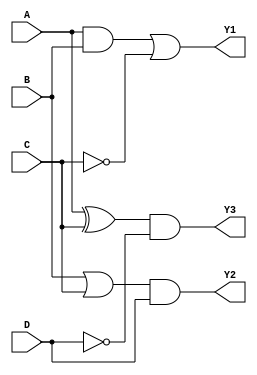
module combinational_logic_blocks (
    input wire A,
    input wire B,
    input wire C,
    input wire D,
    output wire Y1,  // Output for Group 1
    output wire Y2,  // Output for Group 2
    output wire Y3   // Output for Group 3
);

// Group 1: Inputs A, B, C
// Logic operation: Y1 = (A AND B) OR (NOT C)
wire not_C;
wire and_AB;
assign not_C = ~C;
assign and_AB = A & B;
assign Y1 = and_AB | not_C;

// Group 2: Inputs B, C, D
// Logic operation: Y2 = (B OR C) AND D
wire or_BC;
assign or_BC = B | C;
assign Y2 = or_BC & D;

// Group 3: Inputs A, C, D
// Logic operation: Y3 = (A XOR C) AND (NOT D)
wire xor_AC;
assign xor_AC = A ^ C;
assign Y3 = xor_AC & ~D;

endmodule